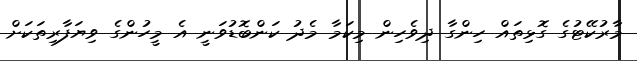
މާރުކޭޓުގެ ގޮޅިތައް ހިންގާ ދިވެހިން މިކަމާ މެދު ކަންބޮޑުވަނީ އެ މީހުންގެ ވިޔަފާރިތަކަށް